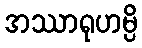
အဿာရုဟမ္ပိ